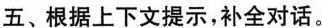
五、根据上下文提示，补全对话。